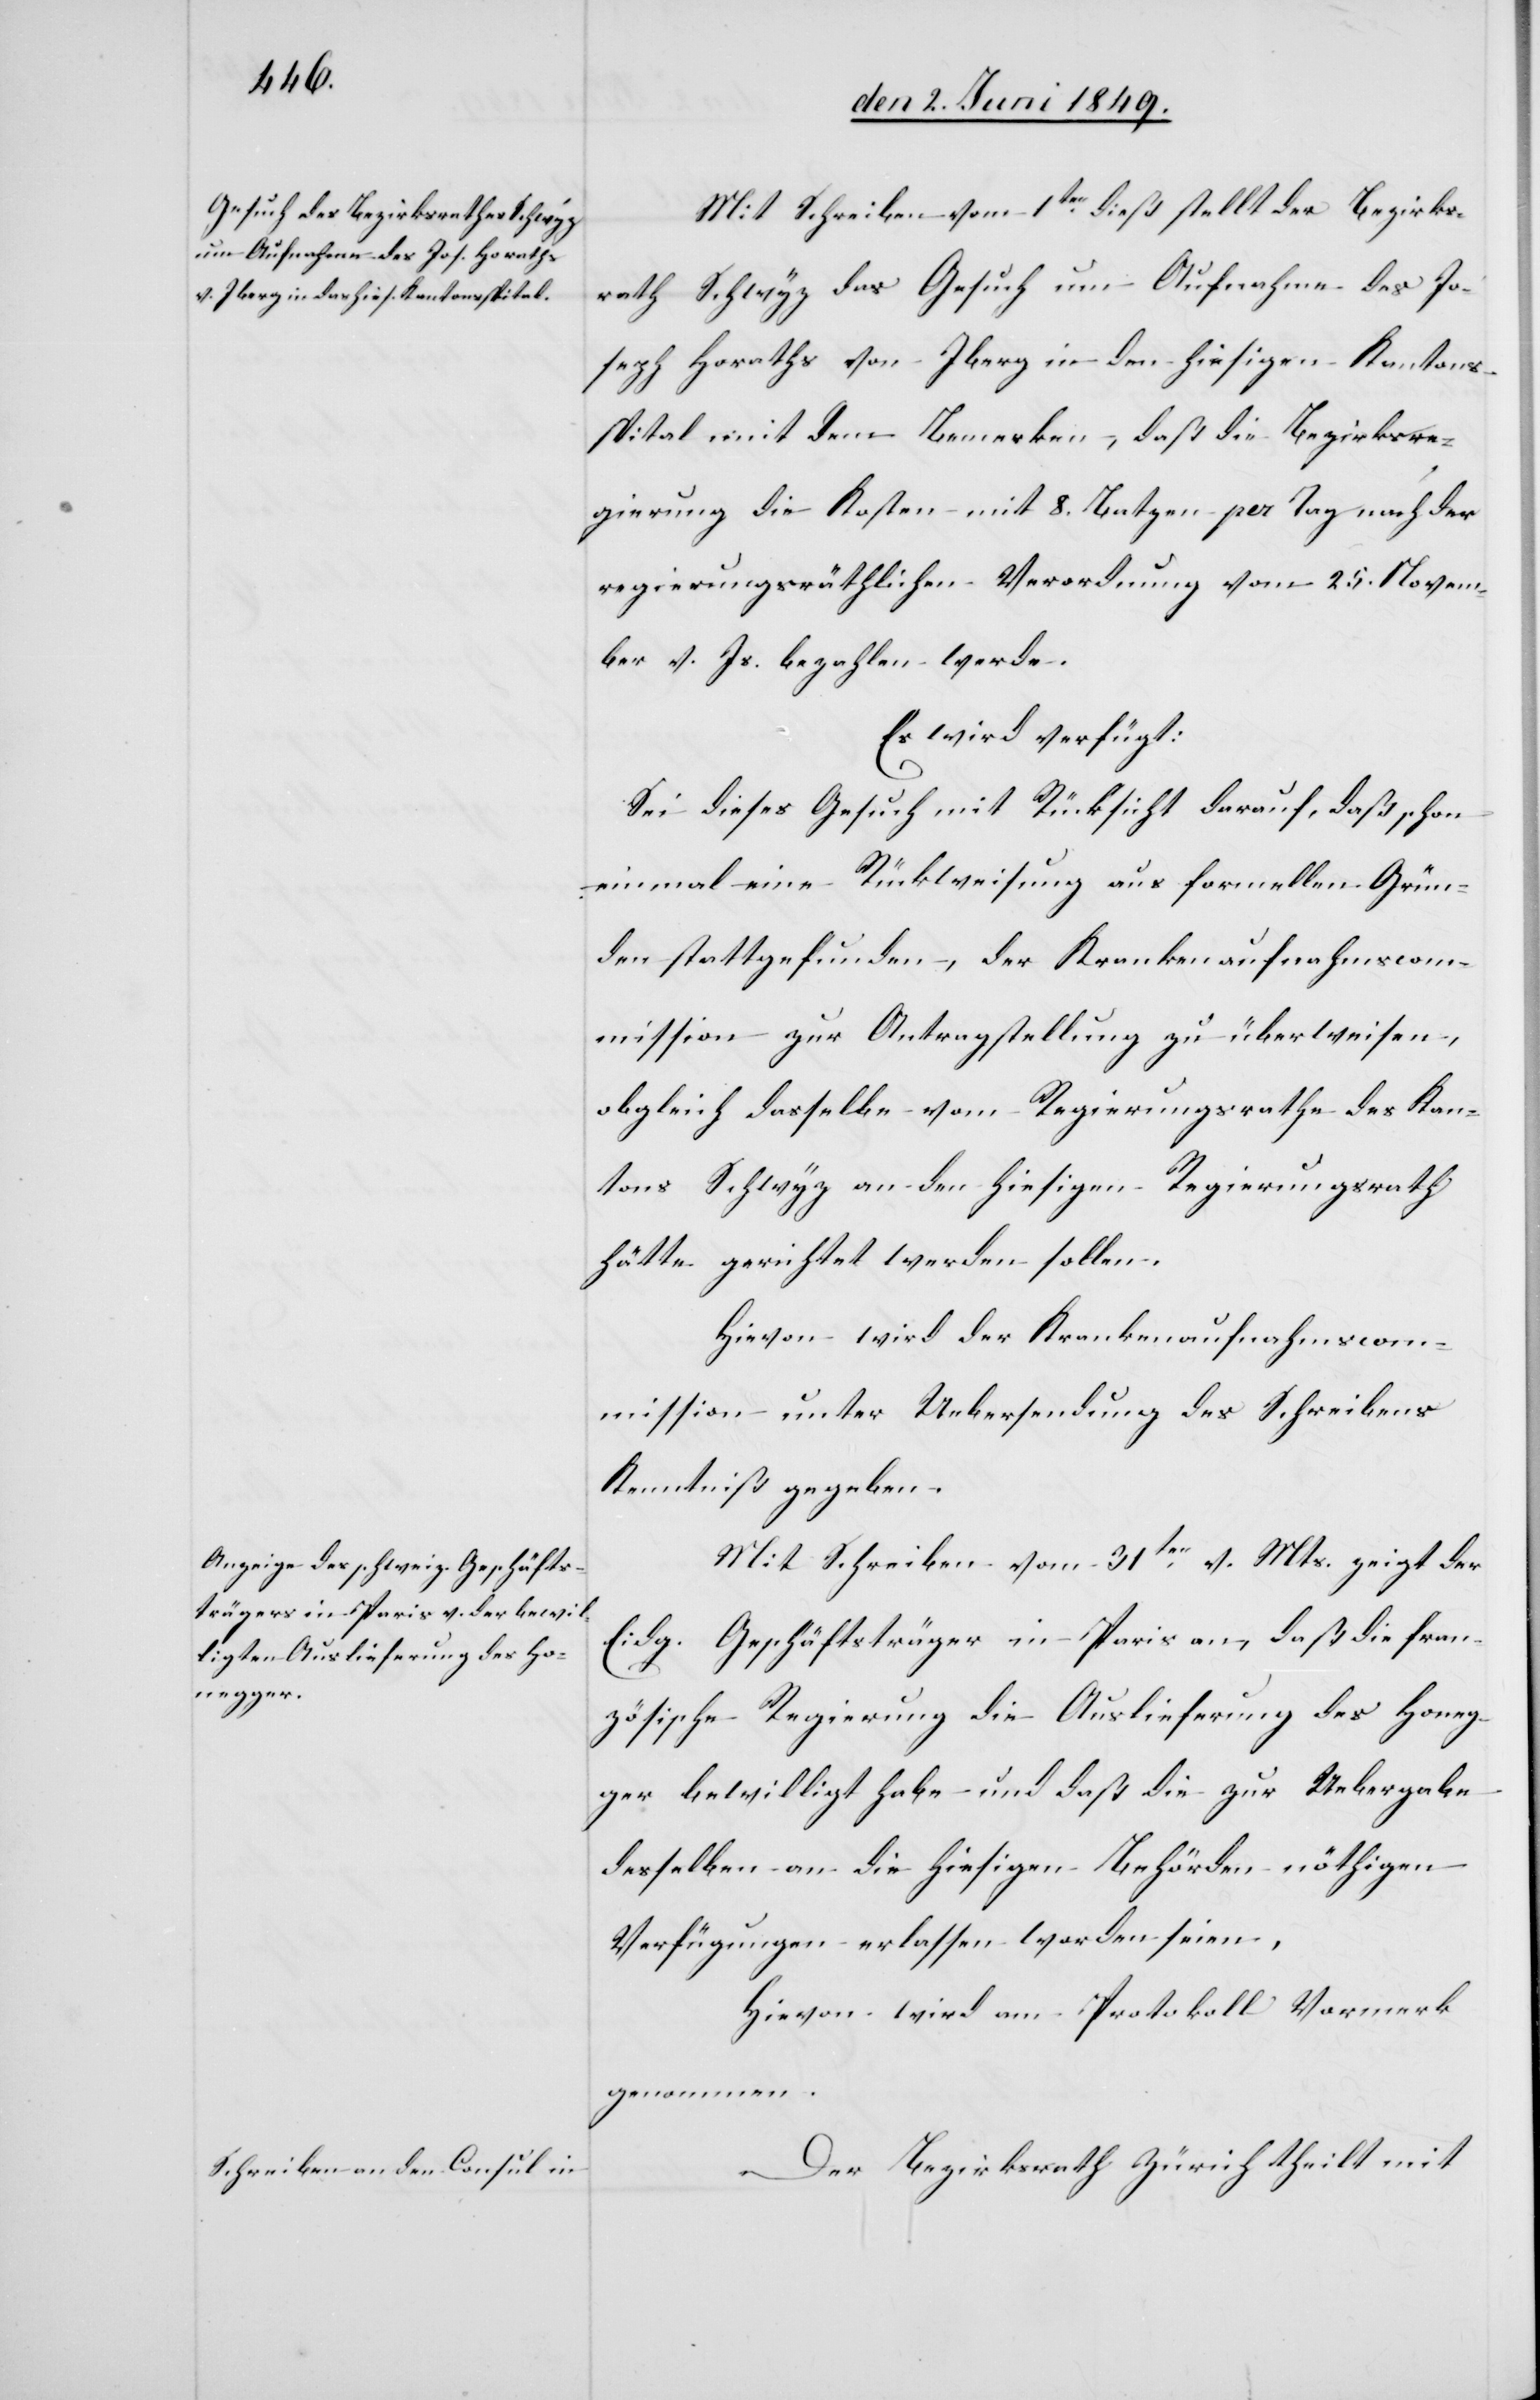
den 3. Juni 1849.]
Mit Schreiben vom 1ten dieß stellt der Bezirks¬
rath Schwyz das Gesuch um Aufnahme des Jo¬
seph Horaths von Iberg in den hiesigen Kantons¬
spital mit dem Bemerken, daß die Bezirksre¬
gierung die Kosten mit 8. Batzen per Tag nach der
regierungsräthlichen Verordnung vom 25. Novem¬
ber v. Js. bezahlen werde.
Es wird verfügt:
Sei dieses Gesuch mit Rücksicht darauf, daß schon
einmal eine Rückweisung aus formellen Grün¬
den stattgefunden, der Krankenaufnahmscom¬
mission zur Antragstellung zu überweisen,
obgleich dasselbe vom Regierungsrathe des Kan¬
tons Schwyz an den hiesigen Regierungsrath
hätte gerichtet werden sollen.
Hievon wird der Krankenaufnahmscom¬
mission unter Uebersendung des Schreibens
Kenntniß gegeben.
Mit Schreiben vom 31ten v. Mts. zeigt der
Eidg. Geschäftsträger in Paris an, daß die fran¬
zösische Regierung die Auslieferung des Honeg¬
ger bewilligt habe und daß die zur Uebergabe
desselben an die hiesigen Behörden nöthigen
Verfügungen erlassen worden seien.
Hievon wird am Protokoll Vormerk
genommen.
Der Bezirksrath Zürich theilt mit